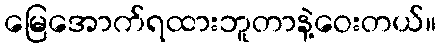
မြေအောက်ရထားဘူတာနဲ့ဝေးတယ်။